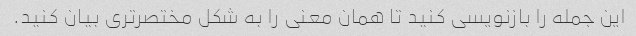
این جمله را بازنویسی کنید تا همان معنی را به شکل مختصرتری بیان کنید.